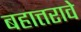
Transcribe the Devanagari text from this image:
बहात्तरावे